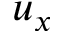
u _ { x }